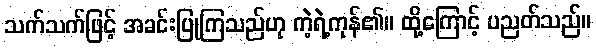
သက်သက်ဖြင့် အခင်းပြုကြသည်ဟု ကဲ့ရဲ့ကုန်၏။ ထို့ကြောင့် ပညတ်သည်။